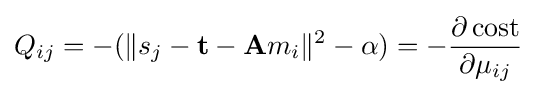
Q_{ij}=-(\lVert s_{j}-\mathbf {t} -\mathbf {A} m_{i}\rVert ^{2}-\alpha )=-{\frac {\partial \operatorname {cost} }{\partial \mu _{ij}}}